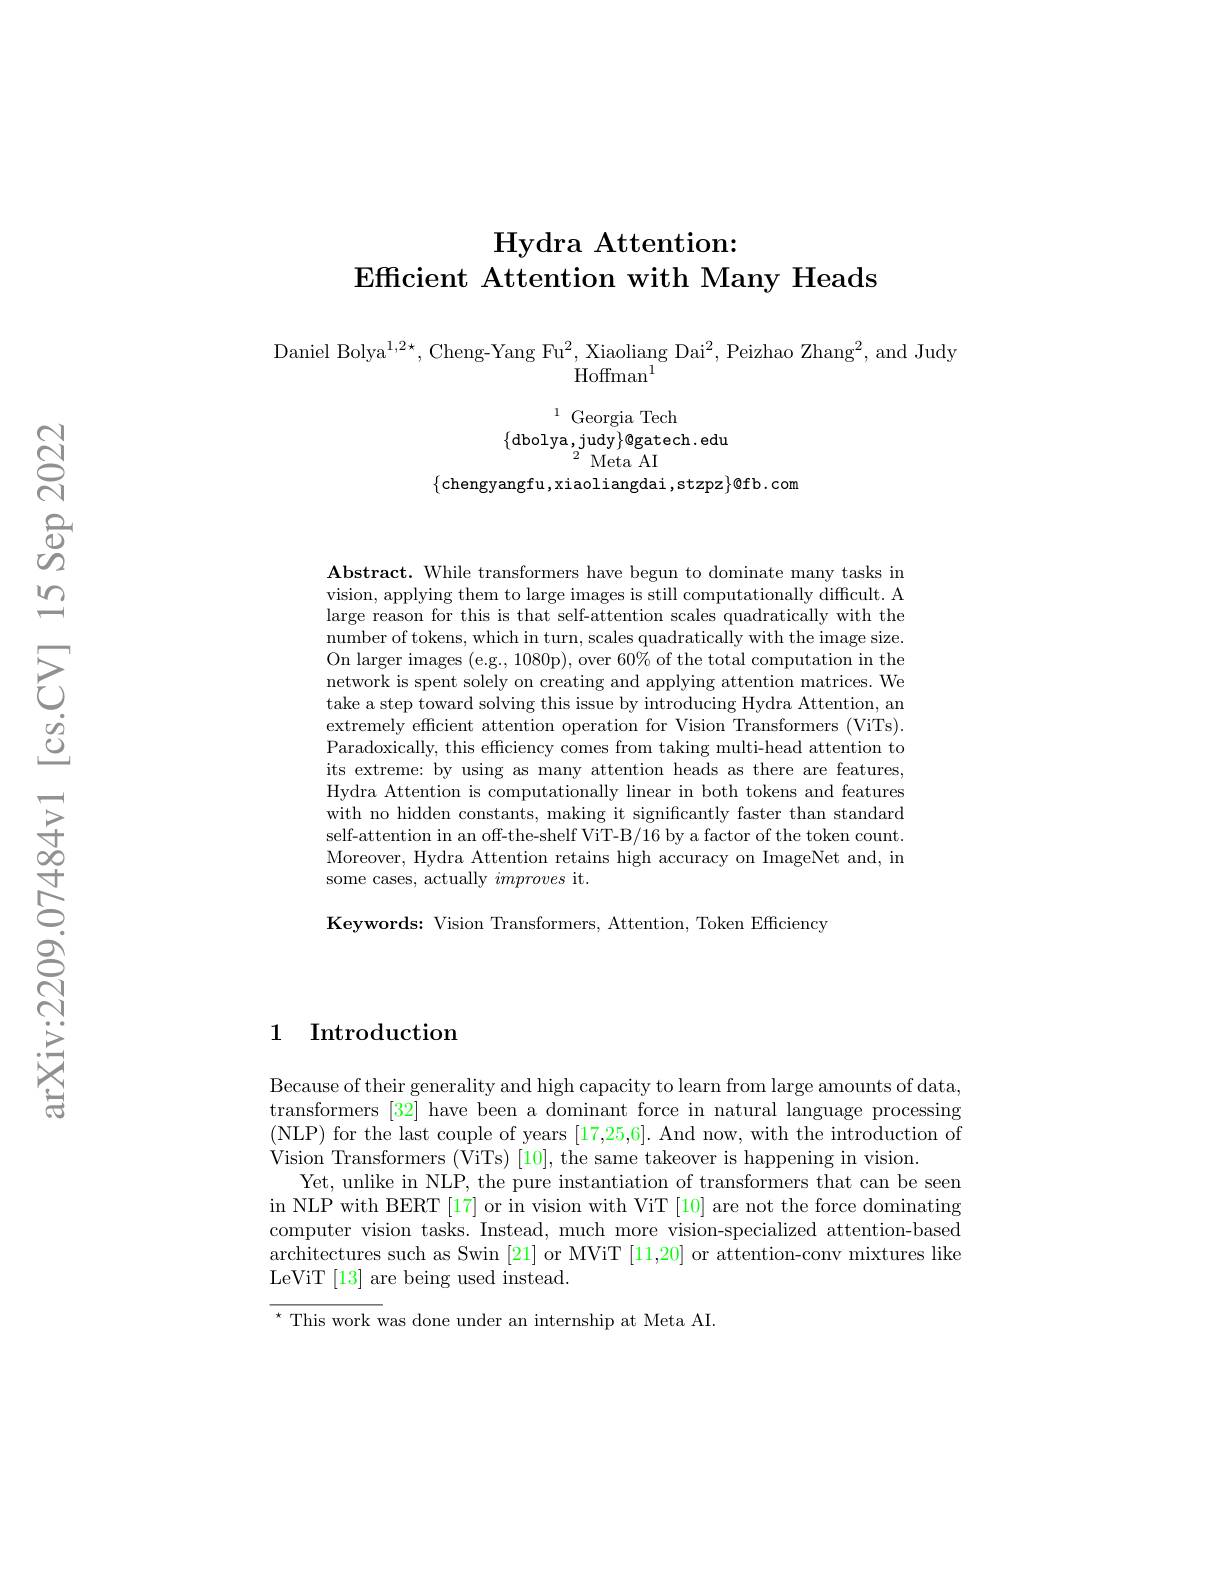
# $\textbf{Hydra Attention: }$
Efficient Attention with Man

Daniel Bolya$^1,2\star$, Cheng-Y
$\mathrm{Hoffman}^{\mathrm{I}}$

$^{1}$Georgia Tech
$\{$dbolya,judy$\}$@gatech.
{}{}{}{}{}{}{}{}{}{}{}{}{}{}
$\{$chengyangfu,xiaoliangda

Abstract. While transformers vision, applying them to lar large reason for this is tha number of tokens, which in turn, scales quadratically with the image size. On larger images (e.g., 1080p), over 60% of the total computation in the network is spent solely on c take a step toward solving this issue by introducing Hydra Attention, an extremely efficient attention operation for Vision Transformers (ViTs). Paradoxically, this efficiency comes from taking multi-head attention to its extreme: by using as many attention heads as there are features, Hydra Attention is computationally linear in both tokens and features with no hidden constants, making it significantly faster than standard self-attention in an off-the-shelf ViT-B/16 by a factor of the token count Moreover, Hydra Attention retains high accuracy on ImageNet and, in some cases, actually improves it.

Keywords: Vision Transformers, Attention, Token Efficiency

### 1 Introduction

Because of their generality and high capacity to learn from large amounts of data, transformers [32] have been a dominant force in natural language processing ( NLP) for the last couple of years [ 17, 25, 6] . And now, with the introduction of Vision Transformers (ViTs) [10], the same takeover is happening in vision.
Yet, unlike in NLP, the pure instantiation of transformers that can be seen in NLP with BERT [17] or in vision with ViT [10] are not the force dominating computer vision tasks. Instead, much more vision-specialized attention-based architectures such as Swin [21] or MViT [11,20] or attention-conv mixtures like LeViT[13]are being used instead.

$^{\star}$ This work was done under an internship at Meta AI.